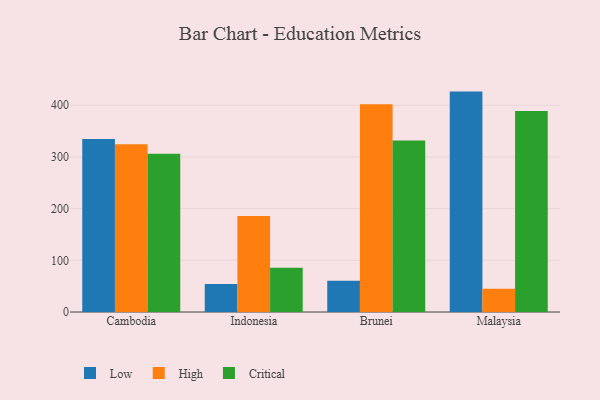
{"axis": {"x": "Country", "y": "Shipments"}, "legend": ["Critical", "High", "Low"], "data": [{"x": "Cambodia", "y": 334.8, "type": "Low"}, {"x": "Cambodia", "y": 324.8, "type": "High"}, {"x": "Cambodia", "y": 306.4, "type": "Critical"}, {"x": "Indonesia", "y": 54.0, "type": "Low"}, {"x": "Indonesia", "y": 185.7, "type": "High"}, {"x": "Indonesia", "y": 85.4, "type": "Critical"}, {"x": "Brunei", "y": 60.6, "type": "Low"}, {"x": "Brunei", "y": 401.8, "type": "High"}, {"x": "Brunei", "y": 331.7, "type": "Critical"}, {"x": "Malaysia", "y": 426.5, "type": "Low"}, {"x": "Malaysia", "y": 45.1, "type": "High"}, {"x": "Malaysia", "y": 389.2, "type": "Critical"}]}